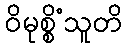
ဝိမုစ္စိံသူတိ